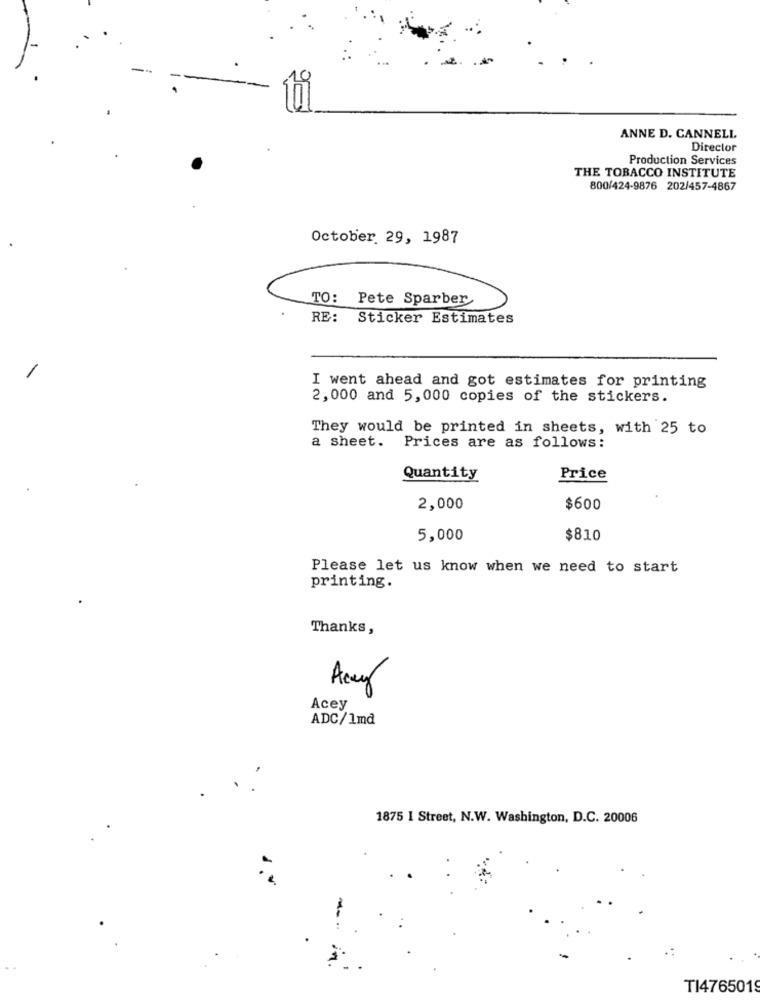
ANNE D. CANNELI
Director
Production Services
THE TOBACCO INSTITUTE
800/424-9876 202/457-4867
October. 29, 1987
TO: Pete Sparber
RE: Sticker Estimates
I went ahead and got estimates for printing
2,000 and 5,000 copies of the stickers.
They would be printed in sheets, with 25 to
a sheet.
Prices are as follows:
Quantity
Price
2,000
$600
5,000
$810
Please let us know when we need to start
printing.
Thanks,
Acey
Acey
ADC/1md
1875 I Street, N.W. Washington, D.C. 20006
TI4765019